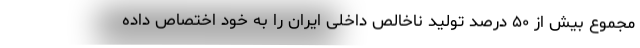
مجموع بیش از ۵۰ درصد تولید ناخالص داخلی ایران را به خود اختصاص داده